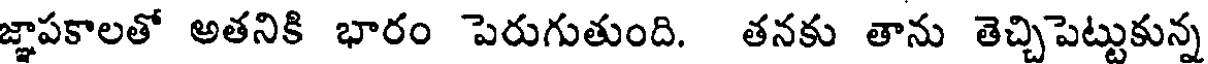
జ్ఞాపకాలతో అతనికి భారం పెరుగుతుంది. తనకు తాను తెచ్చిపెట్టుకున్న